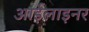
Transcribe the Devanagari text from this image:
आईलाइनर